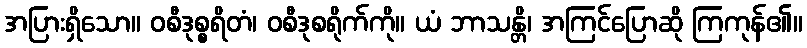
အပြားရှိသော။ ဝစီဒုစ္စရိတံ၊ ဝစီဒုစရိုက်ကို။ ယံ ဘာသန္တိ၊ အကြင်ပြောဆို ကြကုန်၏။